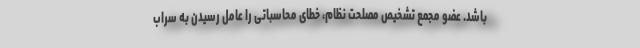
باشد. عضو مجمع تشخیص مصلحت نظام، خطای محاسباتی را عامل رسیدن به سراب